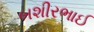
બશીરભાઈ